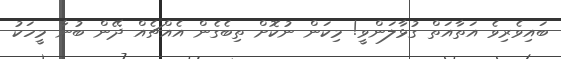
ބައިވެރިވެ އަތާއަތް ގުޅާލަންވީ! މިކަން ނުކޮށް ތިބެގެން އެއްޗެއް ދޭން ބުނާ މީހަކު